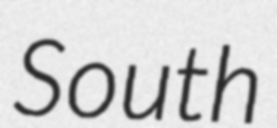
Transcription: South